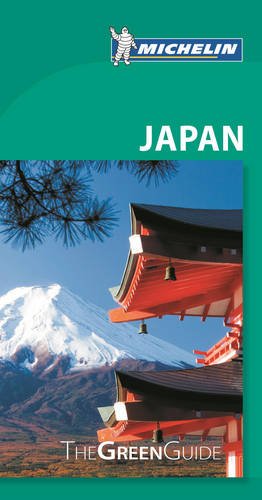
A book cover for Michelin Green Guide Japan (Green Guide/Michelin); Michelin Travel & Lifestyle; Travel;